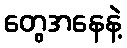
တွေအနေနဲ့